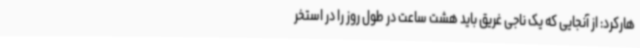
هارکرد: از آنجایی که یک ناجی غریق باید هشت ساعت در طول روز را در استخر